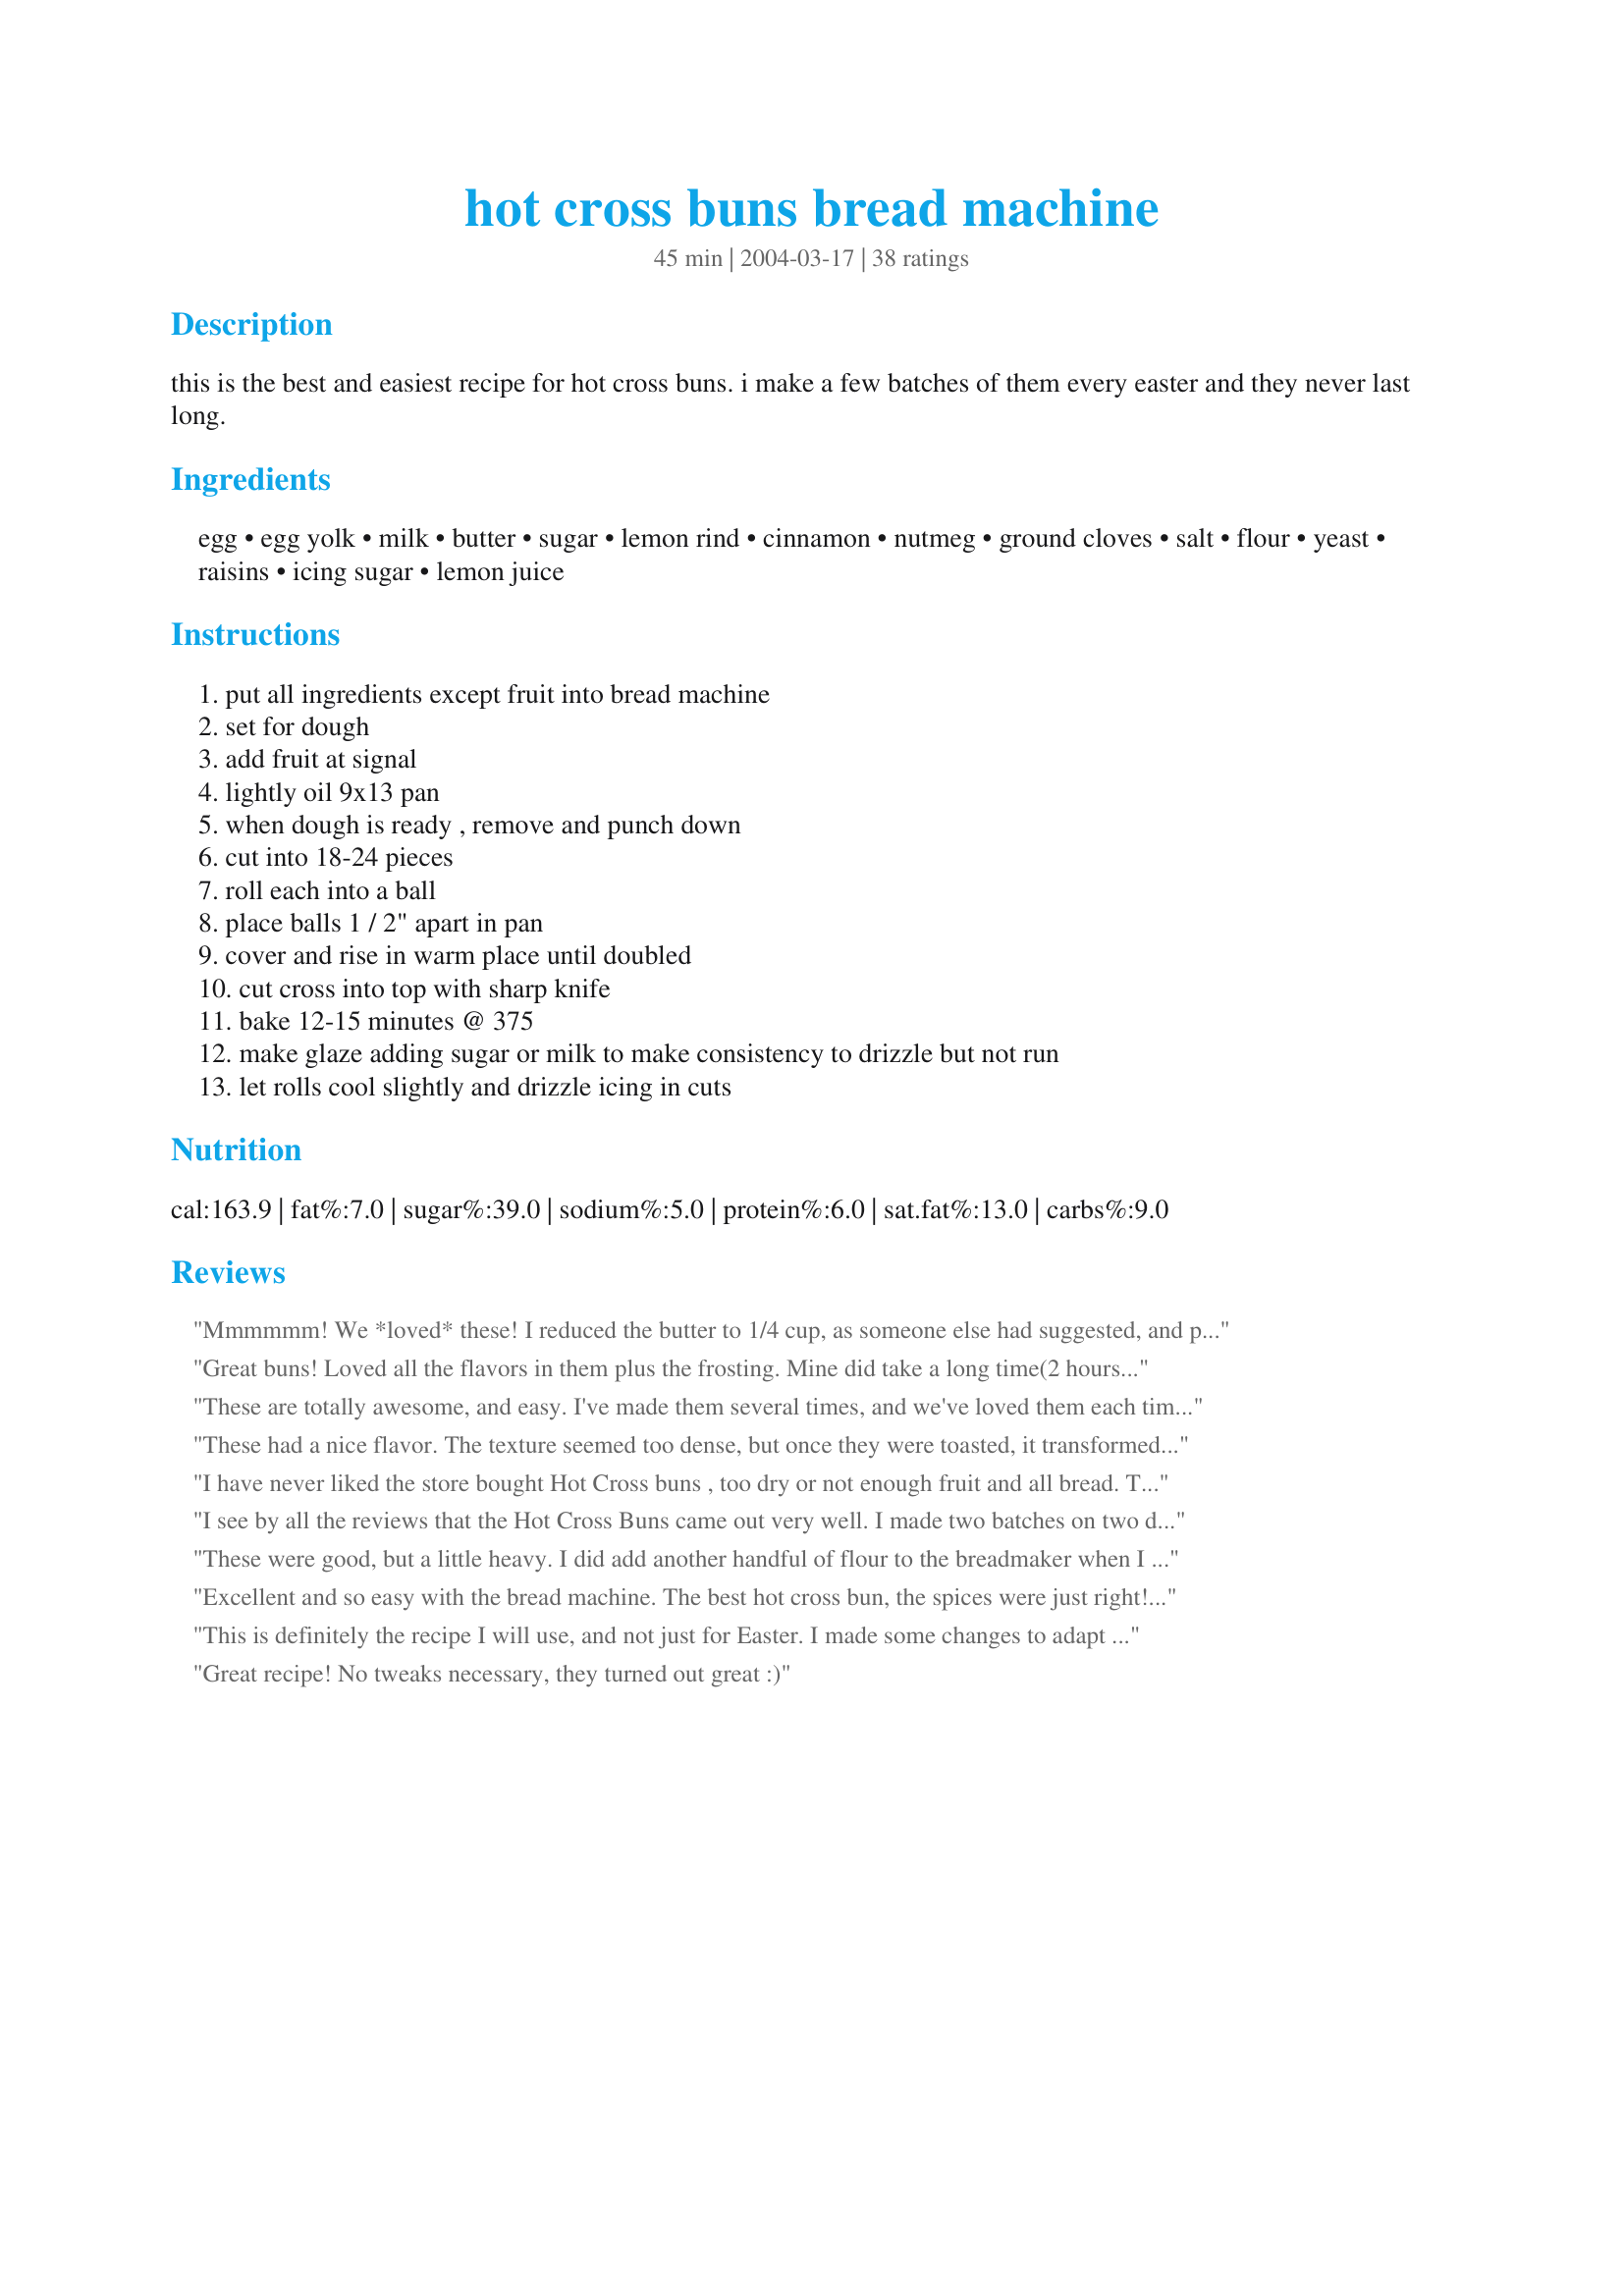
hot cross buns bread machine
Preparation time: 45 minutes

this is the best and easiest recipe for hot cross buns. i make a few batches of them every easter and they never last long.

Ingredients:
egg, egg yolk, milk, butter, sugar, lemon rind, cinnamon, nutmeg, ground cloves, salt, flour, yeast, raisins, icing sugar, lemon juice

Steps:
put all ingredients except fruit into bread machine, set for dough, add fruit at signal, lightly oil 9x13 pan, when dough is ready , remove and punch down, cut into 18-24 pieces, roll each into a ball, place balls 1 / 2" apart in pan, cover and rise in warm place until doubled, cut cross into top with sharp knife, bake 12-15 minutes @ 375, make glaze adding sugar or milk to make consistency to drizzle but not run, let rolls cool slightly and drizzle icing in cuts

Reviews:
Mmmmmm! We *loved* these! I reduced the butter to 1/4 cup, as someone else had suggested, and put in raisins, currants, and cut up dried apricots. I watched the machine as it was mixing, and did add more flour. Not sure how much more. I cut the crosses in quite deeply, and could see them when they came out of the oven. Will definitely be making these again. Thanks, Oster71.
Great buns! Loved all the flavors in them plus the frosting. Mine did take a long time(2 hours) to raise but finally got big enough to bake.
These are totally awesome, and easy. I've made them several times, and we've loved them each time. Most recently, I made a couple of changes for health reasons, and they were just as great. I substituted 1 cup of whole wheat flour for 1 cup of the white flour, 1 egg white for the 1 egg yolk, and used 1/4 cup of butter instead of 1/3. Thanks for this recipe!!
These had a nice flavor. The texture seemed too dense, but once they were toasted, it transformed them into a nice, flaky hot cross bun. I will definitely be using this recipe again. Thanks for sharing! Oh, I saw people commenting on how soupy their dough was...if you live in a humid area, it is normal to have to add more flour. You might want to start by using less liquid. I cut back by 1/4 c milk and still had to add a 1/2c flour.
I have never liked the store bought Hot Cross buns , too dry or not enough fruit and all bread. This is an excellent recipe ! I have to do some slight tweaking. I too had to add more flour since the dough looked pretty sticky during kneading. I added a Tablespoon at a time but didn't count how many. I just watched it till it looked ok. I am not a fan of nutmeg and cut the recipe's nutmeg amount in half. When taste testing, I did not like the nutmeg & clove taste so I am going to eliminate them next time and just use the cinnamon. 
Other than that.....YUM, YUM, delicious !! Will be making these often ! Thank you for posting this recipe !!
I see by all the reviews that the Hot Cross Buns came out very well. I made two batches on two different occasions and neither one of them would rise. I bought a new jar of yeast thinking that the yeast had lost it's strength but they still wouldn't rise. QUESTION: What kind of flour did everybody use? I used Bread Machine Flour as I was doing it in the Bread Machine. Should I have used All Purpose Flour? Sorry I couldn't give a rating.
These were good, but a little heavy. I did add another handful of flour to the breadmaker when I added the fruit because the dough was too wet. I wanted to make authentic hot cross buns for Easter, and I think I'll keep looking for the right recipe.
Excellent and so easy with the bread machine. The best hot cross bun, the spices were just right! I did use a good bit more powdered sugar in the icing to get it to the consistency it should be for drizzling. Skipped cutting crosses in the dough, brushed with egg white before baking at 375 for about 15 minutes. Delicious and everyone loved them. Thanks, Oster71! UPDATE: I've been making these for four years now, and this year added 1 T vital wheat gluten which I believe improved the texture of the rolls. Excellent! Thanks for sharing!
This is definitely the recipe I will use, and not just for Easter. I made some changes to adapt for a diabetic diet (ie, Egg Beaters 1/4 cup plus 2 TBSP instead of egg and yolk, no salt Celeb margarine instead of butter, 3 TBSP fructose plus 3 TBSP granular Splenda instead of sugar) and the buns were still wonderful. I also eliminated the glaze for the same reason. Thanks for submitting such a special treat for the holiday and beyond.
Great recipe! No tweaks necessary, they turned out great :)
Wow, these did not turn out for me. I don't know what went wrong, but it seems like it needed a lot more flour to make a dough, mine was more like a batter! Not sure if I'll even try them again.
Awesome recipe. I never really did like store version, as they are always so dry, and I am not fond of mixed fruit, especially the peel. I do however, have to improve my technique for the cut cross on the top. They kind of sealed up on me, during baking. Guess I did not cut the slits good enough. Afraid of overcutting. thanks for posting. Will definitely try this recipe again... Cat^..^atude
Great easy recipe! I used orange zest ( was out of lemon) and raisins. I made 12 decent sized
rolls because I cut them to large but they are great regardless. They are big, fluffy and full of flavor. Thanks!!
These are very good. I couldn't find candied fruit, so I used a mixture of raisins, dried cranberries and dried papaya. This is a recipe I will use often. Thanks Rita
These hot cross buns were wonderful. I added about 3/4 cup flour to the first knead cycle.
Thanks for the recipe!
These buns were the best!! The dough turns out the softest baked buns. I followed the ingredients as written. I changed a few things baking them though after looking on the bbc food website. I baked the buns at 475F for 9 minutes. Before baking I made a flour paste from 2 TBS flour and 2 TBS water. Mixed it in a baggie and piped it in the cut crosses. This turned out more authentic to the buns I ate whilst in England. After baking I brush them with sugar glaze. I think this is some of the best homemade bread I have ever made!
Hi I made this recipe the first time yesterday! It turned out perfect! I cut a little of the raisins and added dried cranberries! Turned out perfect. No problem with sticky dough! Just absolutely wonderful!!! Everyone raved about them this morning at my breakfast club!! Thank you for a great recipe!
As far as I know, I had never had a hot cross bun. I believe I'm converted! I did make some changes: I substituted 1 cup of whole wheat flour for 1 cup of the white. I used orange zest instead of lemon and homemade candied orange peel for the raisins. I also used orange juice in the glaze. The flavor was incredible! Not too sweet, not too spicy and I liked the density of the buns. I did have trouble with the second rise, but I was using expired yeast, so I was thrilled they had risen at all. I didn't make the crosses, just drizzled the glaze over the buns. Too much work to cross! Thanks for the recipe!
This is very much like a recipe I had several years ago and lost! That recipe called for candied pineapple and currants so I used used a 1/2 cup mixture of those fruits. Yummy
Just took my buns out of the oven. They did not rise like they should have, and are crumbly. For my taste the spices are not quite right. I don't know just what went wrong, could have been something I did.
Thanks for the recipe.
I&#039;ve been using this recipe since April 2004, and they always come out perfect. Must add 1/2 cup flour, and I always use all purpose flour. I bake at 350, but longer than 15 minutes, just until they&#039;re brown on top. Dad says they remind him of his childhood. Thanks Oster71, wherever you are!
I didn"t ice them but they don"t need it they were excellent. I also used 1/4 cup raisins and 1/4 cup cut mixed peel. I will be making these again. Thanks for sharing.
Great recipe. Very tasty. Everyone loved them!
Delicious!! I have never tried Hot Cross Buns before but wanted to make them with my boys for Good Friday today. In the past when I've made bread I have not been successful in getting it to rise, so I was nervous these would not turn out. What I ended up doing was boiling a few cups of water and putting the bowl of hot water beneath the pan of rolls, which was covered with a warm damp towel, in the oven (which was OFF). Worked like a charm! They turned out wonderful and delicious! Although the cross was not very evident on the tops.
Wonderful recipe!!
Easy, easy, easy! Not to mention great tasting, light and fluffy. I cut mine into 16 as that seemed to fit the 13 x 8 dish perfectly.
Unglazed they are great toasted too.
Thanks for sharing!
Loved it. Actually left out the raisins because one of my kids does not like them. These are great with coffee and tea. Thanks!
I've made this twice, and both times we've loved them! I omitted the lemon peel because didn't have any, and followed the rest of the recipe to the letter. We'll make this again and again!


Lovely recipe. So delicious. Though I couldn't find a reccomended temp for baking so I looked at a few other recipes. They called for a 375 degree oven, so that's what I used and baked them for about 23 minutes. I have never had Hot Crossed Buns before, but they are delightful. Thanks for posting such a lovely recipe.
Like Teri, I suffered from no rising. I'm left with a number of great smelling small windowless buildings which are not very edible therefore are destined for the birds. I would be very interested to see what I've done different to everybody else especially when my biggest problem with my bread machine is my breads tend to rise too much and not, as in this case, never rise at all.
I made these for our Easter Brunch this year and they were a huge hit! Everyone was in love with them and has requested them at every Brunch from here on... Thanks so much for sharing!
Super simple to make. I followed the directions as written without any tweaks. I used King Arthur unbleached flour in the quantity specified and the dough was just right. Our Easter brunch guests really enjoyed them. I will definitely make these again.
This recipe works really well for me. Hubbie absolutely loves them, so they don't last long at all. Thanks! :o)
These buns, while they taste great (good combination of spices), are a bit dense (too much flour?). It took a couple hours or so for these to rise and then I gave up and put them in the oven. They smell great, though next time I'll try using a little less flour.
I made these after Easter, living abroad, my children had not had their fill of this English speciality! I made them exactly as in the recipe and we all oved them;The mixture of spices was just right - thanks so much for teaching me that the bread machine does more than just make bread!
What a flexible recipe! I used 1/2 cup yellow raisins and 1/8 cup dried cranberries. I used King Arthur Bread Flour as well. I actually forgot to add the yeast when I first put this through the dough cycle. After the first dough cycle was complete I discovered my mistake. I then dissolved the yeast over about 1/4 cup warm water for five minutes. I added that and about another 1/4 cup of flour to machine and ran the dough cycle again. Perfection! The dough is sticky so I kneaded it in a dusting of flour before making the rolls. I made 18 buns - 12 in a 9x12 and 4 in an 8x8. These were the best hot cross buns ever. Thanks.
These were excellent! I did have to add about 1/2 or more cups of flour to the first knead in the machine. I used 1 tsp. lemon peel, 1/2 tsp. cinnamon, 1/4 tsp.
nutmeg, 1/4 tsp. cloves. I took 1/3 cup of candied peel and mixed it with a little flour and chopped it up into fine pieces and added during signal. I got 16 buns that fit nicely into my 13 x 9 glass baking dish and I baked them at 350 degrees for approx. 20 minutes. The dough was so soft after the second rise, I couldn't cut the crosses on top.
Great recipe. Thanks for sharing!
This is a great recipe; they taste just like the ones I remember from home! I used brown sugar instead of regular, and had to bake them an extra 5 minutes. I was too lazy to make the glaze as posted (or to make crosses). I just mixed some sugar with a little boiling water and microwaved it for a minute 'til dissolved, then brushed that over the buns when they came out of the oven, and it was perfect. I also used the egg white to brush the buns before baking, which gave them a beautiful brown top. So easy in the bread machine! Thanks for posting.
